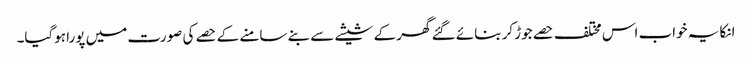
انکا یہ خواب اس مختلف حصے جوڑ کر بنائے گئے گھر کے شیشے سے بنے سامنے کے حصے کی صورت میں پورا ہوگیا۔